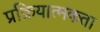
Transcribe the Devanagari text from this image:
प्रक्रियात्मकता